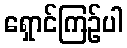
ရှောင်ကြဉ်ပါ